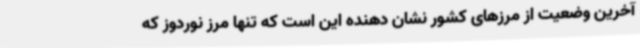
آخرین وضعیت از مرزهای کشور نشان دهنده این است که تنها مرز نوردوز که